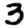
Digit: 3